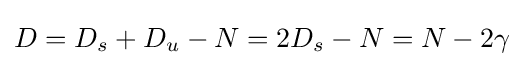
D=D_{s}+D_{u}-N=2D_{s}-N=N-2\gamma